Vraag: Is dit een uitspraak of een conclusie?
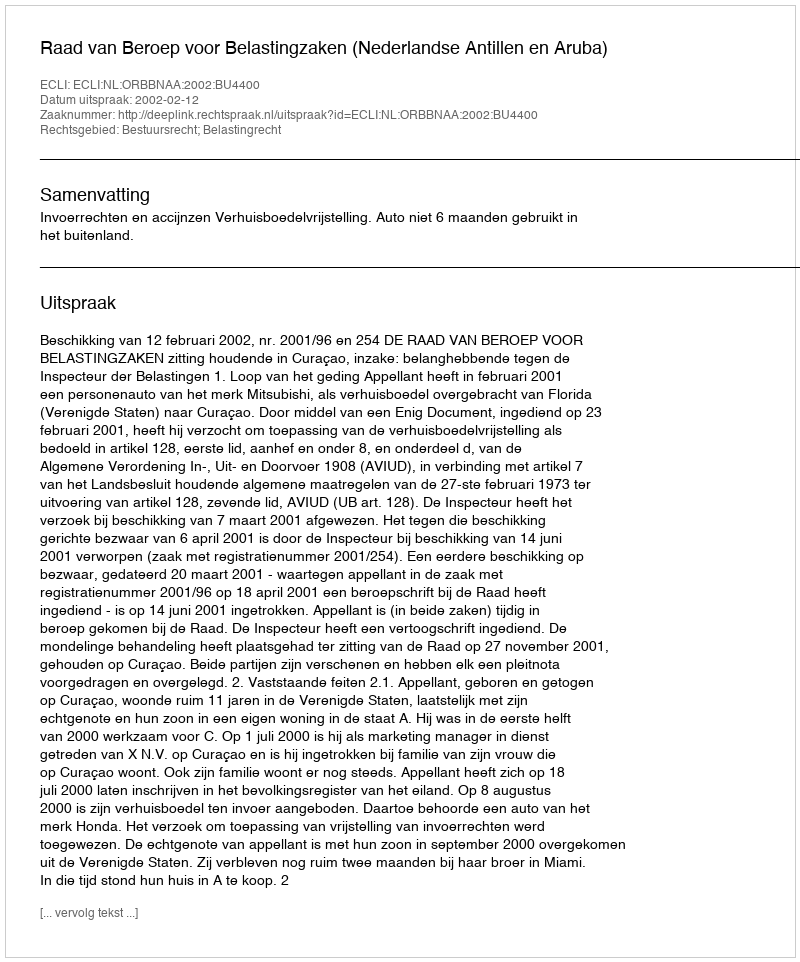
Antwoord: Uitspraak